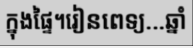
ក្នុងផ្ទៃ។រៀនពេទ្យ...ឆ្នាំ